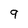
Character: 9